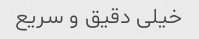
خیلی دقیق و سریع